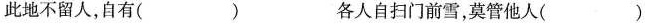
此地不留人，自有( ) 各人自扫门前雪，莫管他人()